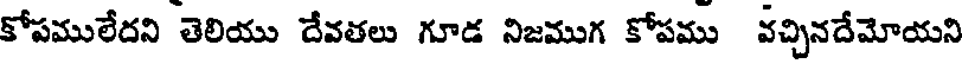
కోపములేదని తెలియు దేవతలు గూడ నిజముగ కోపము వచ్చినదేమోయని